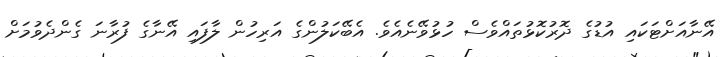
އޭނާއަށްޓަކައި އުޑުގެ ދޮރުކޮޅުތައްވެސް ހުޅުވޭނެއެވެ. އެބޭކަލުންގެ އަރިހުން ލާފައި އޭނާގެ ފުރާނަ ގެންދެވުމަށް